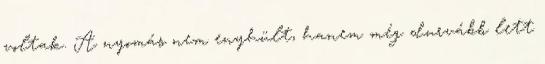
voltak. A nyomás nem enyhült, hanem még durvább lett